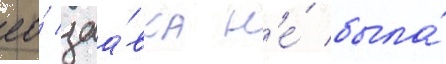
ео́ заа́вка н'е́ была́